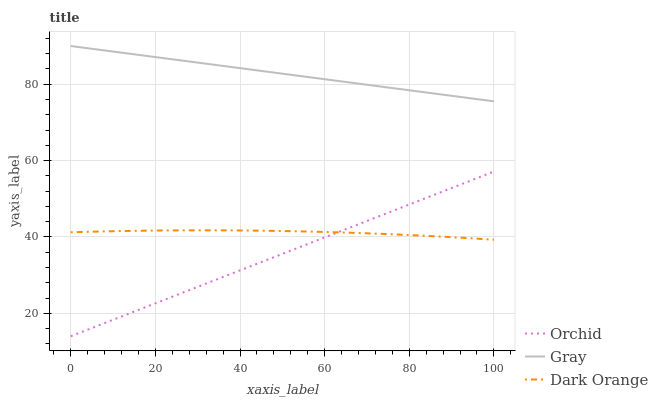
| xaxis_label | Orchid | Gray | Dark Orange |
 | --- | --- | --- | --- |
 | 0 | 14 | 90 | 41.2 |
 | 5.26 | 16.3 | 89.2 | 41.4 |
 | 10.5 | 18.5 | 88.5 | 41.5 |
 | 15.8 | 20.8 | 87.7 | 41.6 |
 | 21.1 | 23.1 | 87 | 41.7 |
 | 26.3 | 25.3 | 86.2 | 41.7 |
 | 31.6 | 27.6 | 85.4 | 41.7 |
 | 36.8 | 29.9 | 84.7 | 41.7 |
 | 42.1 | 32.2 | 83.9 | 41.7 |
 | 47.4 | 34.4 | 83.1 | 41.6 |
 | 52.6 | 36.7 | 82.4 | 41.5 |
 | 57.9 | 39 | 81.6 | 41.4 |
 | 63.2 | 41.2 | 80.9 | 41.2 |
 | 68.4 | 43.5 | 80.1 | 41 |
 | 73.7 | 45.8 | 79.3 | 40.8 |
 | 78.9 | 48 | 78.6 | 40.6 |
 | 84.2 | 50.3 | 77.8 | 40.3 |
 | 89.5 | 52.6 | 77 | 40 |
 | 94.7 | 54.8 | 76.3 | 39.6 |
 | 100 | 57.1 | 75.5 | 39.3 |